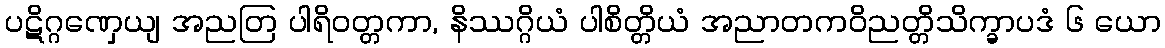
ပဋိဂ္ဂဏှေယျ အညတြ ပါရိဝတ္တကာ, နိဿဂ္ဂိယံ ပါစိတ္တိယံ အညာတကဝိညတ္တိသိက္ခာပဒံ ၆ ယော